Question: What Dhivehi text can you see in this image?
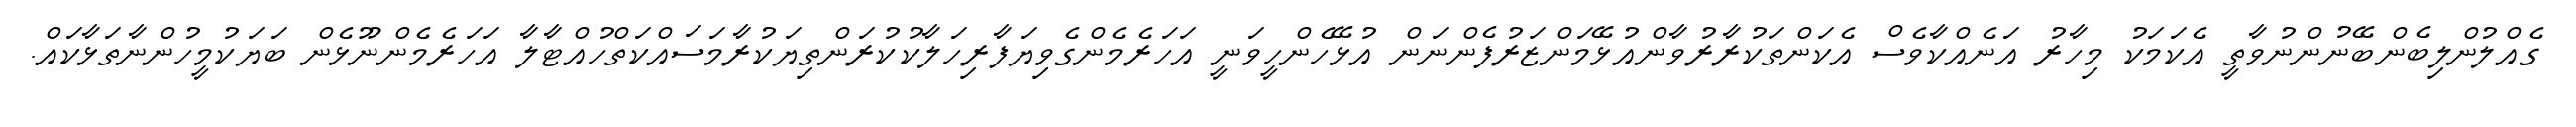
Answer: ގެއްލުންލިބެންބޭނުންނުވާތީ އެކަމަކު މިހާރު އަނެއްކާވެސް އެކަންތަކުރާރުވާންއުޅޭމަންޒަރުފެންނަން އުޅޭހެންހީވަނީ އަހަރެމެންގެވިޔަފާރިހަލާކުކުރަންތިޔަކުރާމަސައްކަތްހުއްޓާލާ އަހަރެމެންނޫޅެން ބަޔަކުމީހުންނާތަޅާކައް.